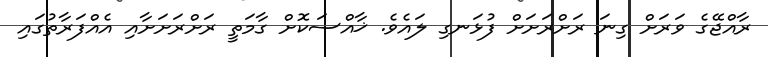
ރާއްޖޭގެ ވަރަށް ގިނަ ރަށްރަށަށް ފުޅަނގި ލައެވެ. ޚާއްސަކޮށް ގާމަތީ ރަށްރަށަށާއި އެއްފަރާތުގައި